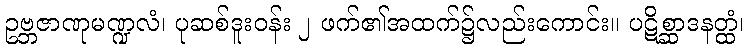
ဥဗ္ဘဇာဏုမဏ္ဍလံ၊ ပုဆစ်ဒူးဝန်း ၂ ဖက်၏အထက်၌လည်းကောင်း။ ပဋိစ္ဆာဒနတ္ထံ၊